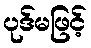
ပုဒ်မဖြင့်